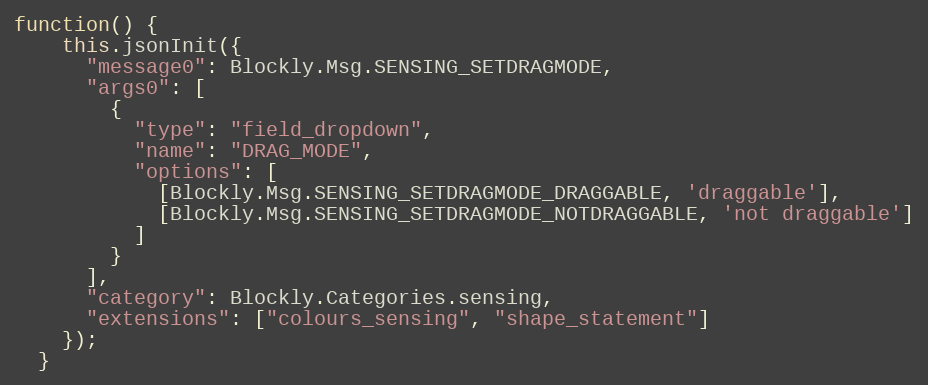
Language: JavaScript
function() {
    this.jsonInit({
      "message0": Blockly.Msg.SENSING_SETDRAGMODE,
      "args0": [
        {
          "type": "field_dropdown",
          "name": "DRAG_MODE",
          "options": [
            [Blockly.Msg.SENSING_SETDRAGMODE_DRAGGABLE, 'draggable'],
            [Blockly.Msg.SENSING_SETDRAGMODE_NOTDRAGGABLE, 'not draggable']
          ]
        }
      ],
      "category": Blockly.Categories.sensing,
      "extensions": ["colours_sensing", "shape_statement"]
    });
  }